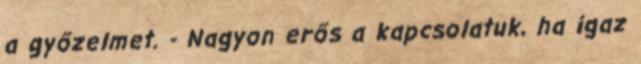
a győzelmet. - Nagyon erős a kapcsolatuk, ha igaz